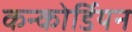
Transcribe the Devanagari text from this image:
कन्कोर्डियन